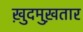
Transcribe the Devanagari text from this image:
ख़ुदमुख़तार